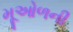
મૂઓળની